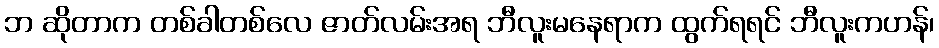
ဘ ဆိုတာက တစ်ခါတစ်လေ ဇာတ်လမ်းအရ ဘီလူးမနေရာက ထွက်ရရင် ဘီလူးကဟန်၊